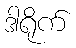
ဒါရိုက်